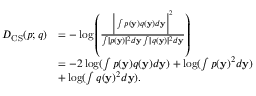
\begin{array} { r l } { D _ { \mathrm { C S } } ( p ; q ) } & { = - \log \left( \frac { \Big | \int p ( \mathbf { y } ) q ( \mathbf { y } ) d \mathbf { y } \Big | ^ { 2 } } { \int \mid p ( \mathbf { y } ) \mid ^ { 2 } d \mathbf { y } \int \mid q ( \mathbf { y } ) \mid ^ { 2 } d \mathbf { y } } \right) } \\ & { = - 2 \log ( \int p ( \mathbf { y } ) q ( \mathbf { y } ) d \mathbf { y } ) + \log ( \int p ( \mathbf { y } ) ^ { 2 } d \mathbf { y } ) } \\ & { + \log ( \int q ( \mathbf { y } ) ^ { 2 } d \mathbf { y } ) . } \end{array}